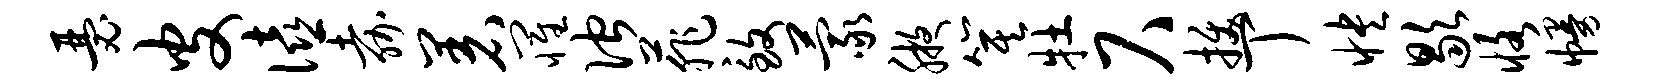
瑟皮僖嘉着罹伫菲致蒙腋箕牡尺拔丁怏歇恪幔